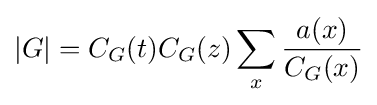
|G|=C_{G}(t)C_{G}(z)\sum _{x}{\frac {a(x)}{C_{G}(x)}}